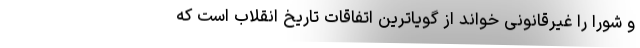
و شورا را غیرقانونی خواند از گویاترین اتفاقات تاریخ انقلاب است که